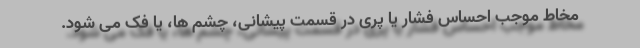
مخاط موجب احساس فشار یا پری در قسمت پیشانی، چشم ها، یا فک می شود.